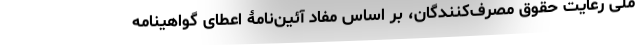
ملی رعایت حقوق مصرف‌کنندگان، بر اساس مفاد آئین‌نامۀ اعطای گواهینامه